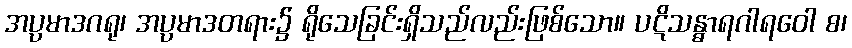
အပ္ပမာဒဂရု၊ အပ္ပမာဒတရား၌ ရိုသေခြင်းရှိသည်လည်းဖြစ်သော။ ပဋိသန္ဓာရဂါရဝေါ စ၊